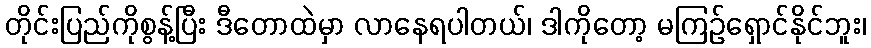
တိုင်းပြည်ကိုစွန့်ပြီး ဒီတောထဲမှာ လာနေရပါတယ်၊ ဒါကိုတော့ မကြဉ်ရှောင်နိုင်ဘူး၊